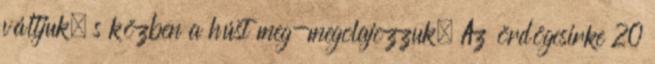
váltjuk, s közben a húst meg-megolajozzuk. Az ördögcsirke 20